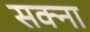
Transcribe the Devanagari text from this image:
सक्ना